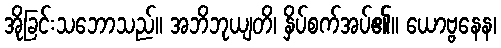
အိုခြင်းသဘောသည်။ အဘိဘုယျတိ၊ နှိပ်စက်အပ်၏။ ယောဗ္ဗနေန၊